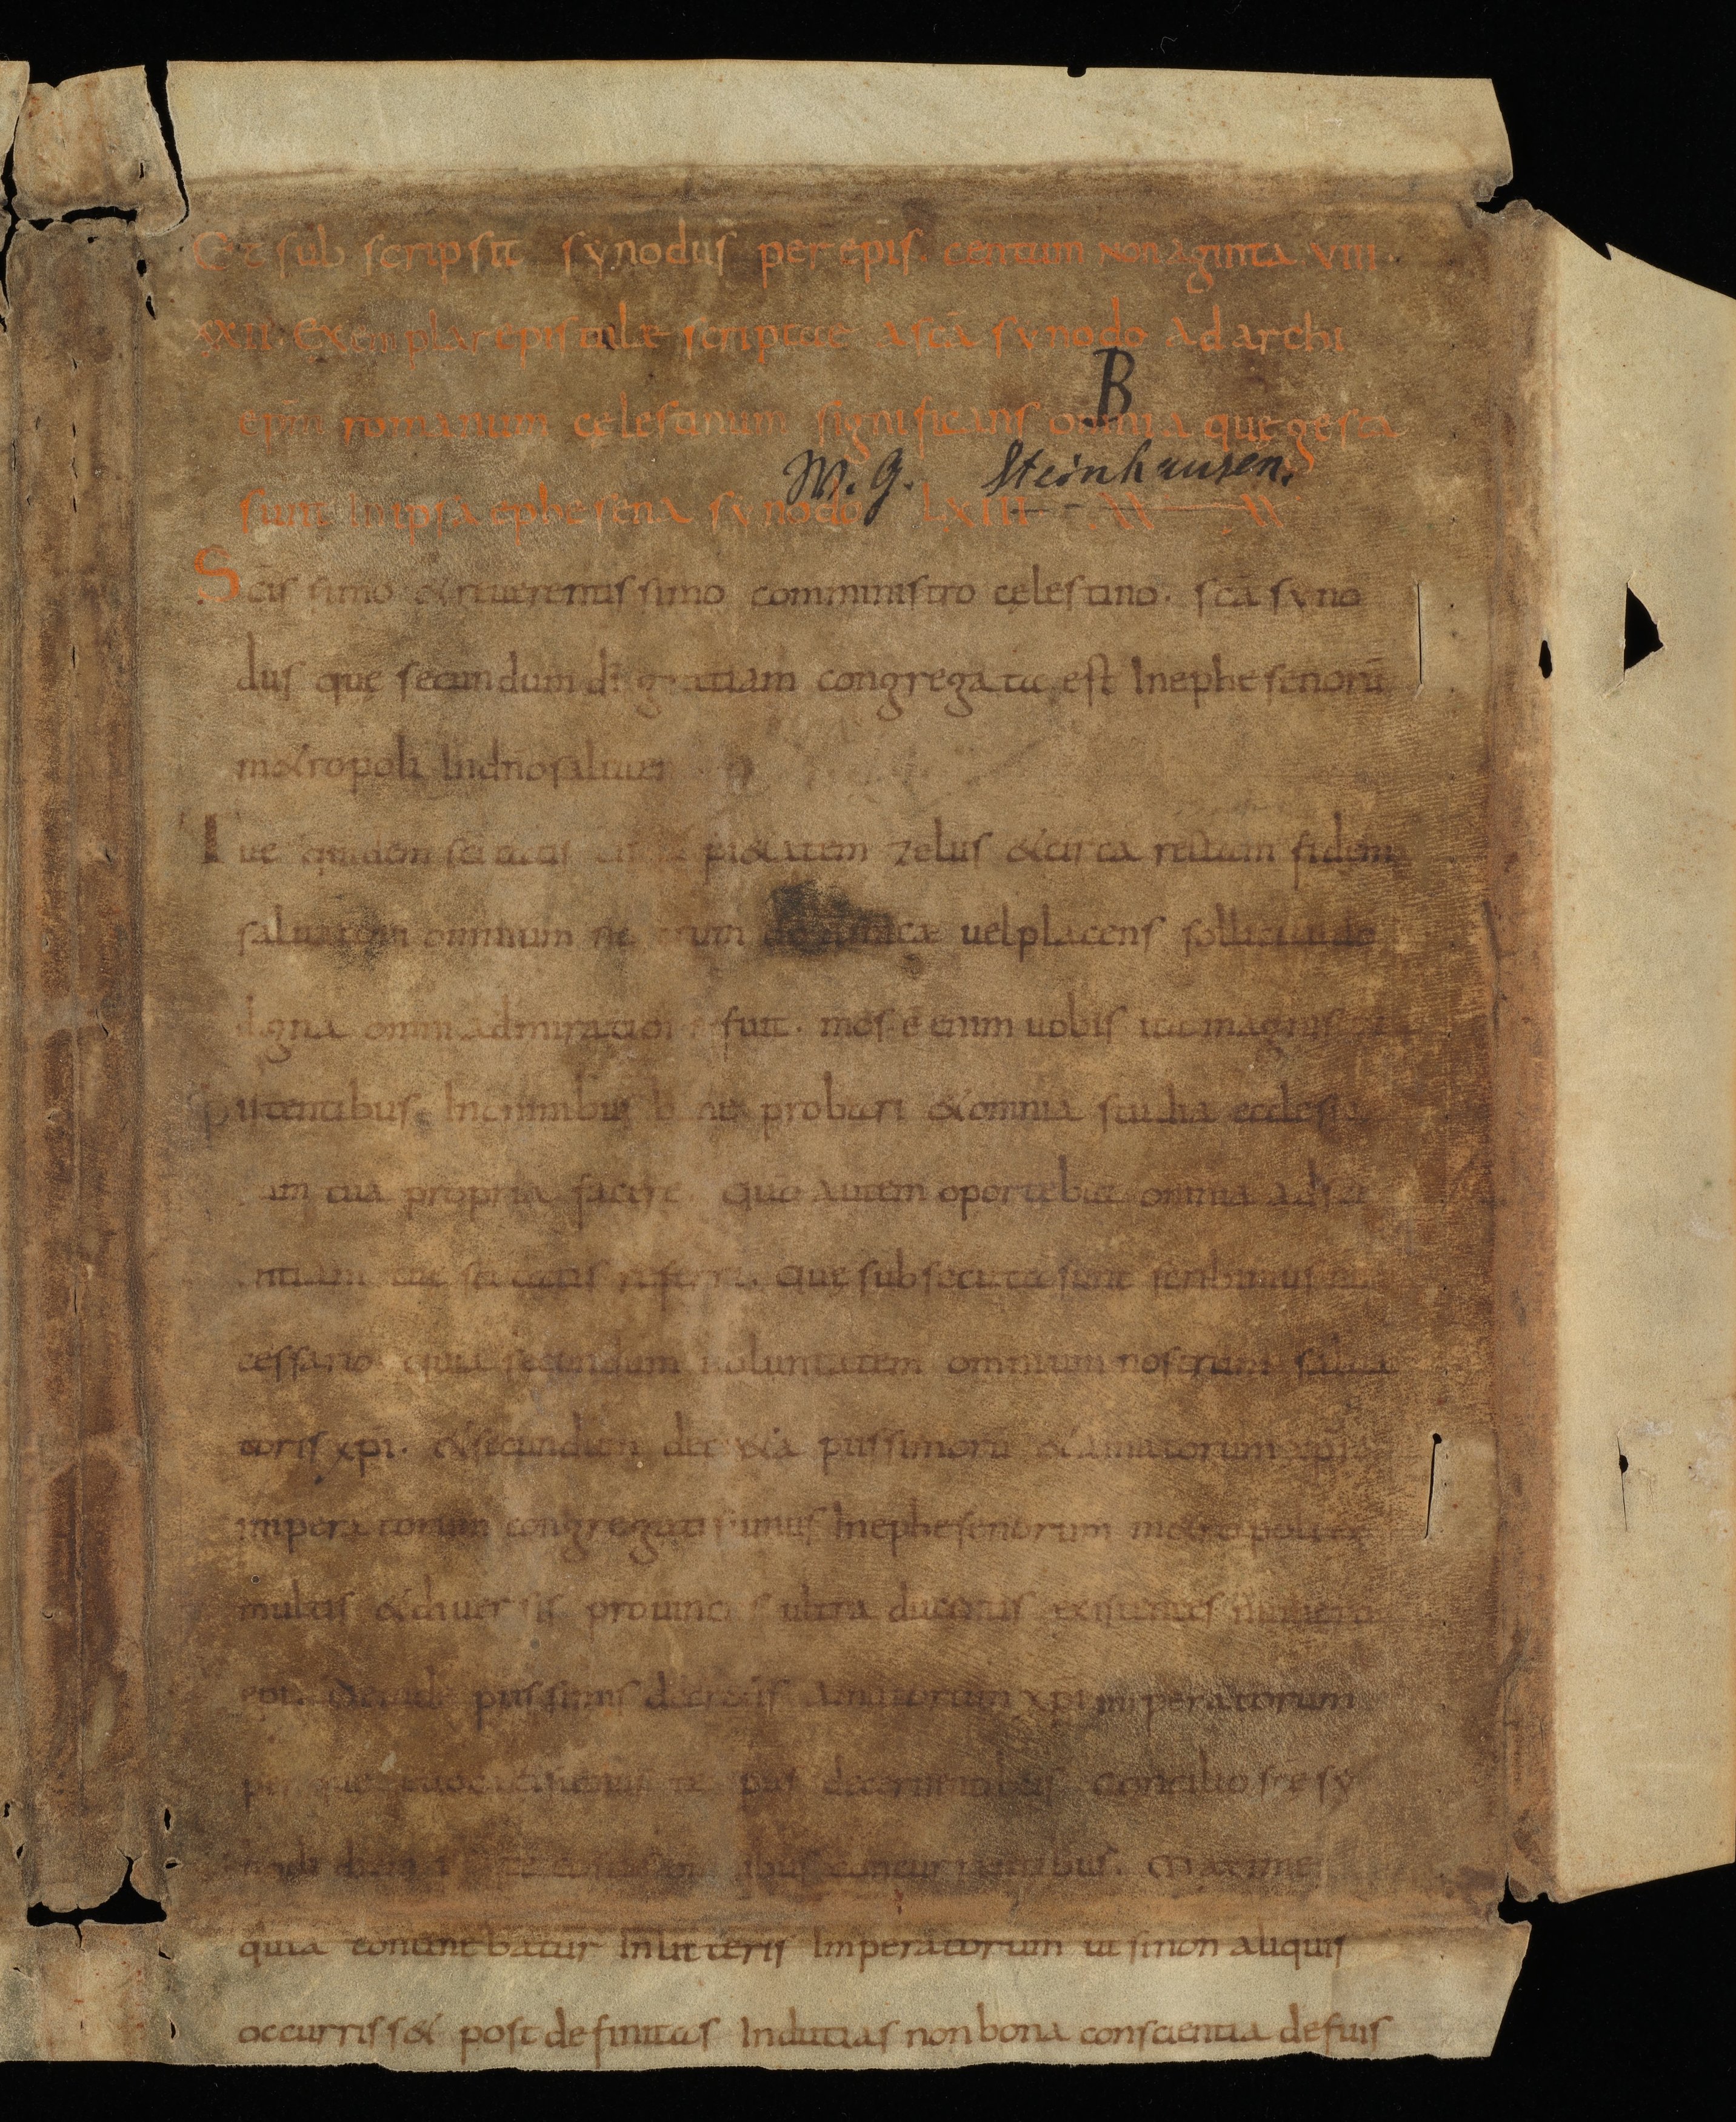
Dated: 834–865